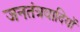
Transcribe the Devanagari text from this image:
जनतंत्रवादियों